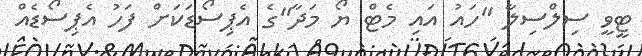
ޓީވީ ސިލްސިލާ "ހައު އައި މެޓް ޔޯ މަދާ"ގެ އެޕިސޯޑަކަށް ފަހު އެޕިސޯޑެއް